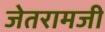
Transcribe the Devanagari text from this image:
जेतरामजी